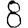
Digit: 8